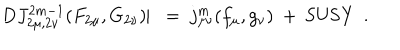
LaTeX: D J _ { 2 \mu , 2 \nu } ^ { 2 m - 1 } ( F _ { 2 \mu } , G _ { 2 \nu } ) \! \! \mid \ = \ j _ { \mu \nu } ^ { m } ( f _ { \mu } , g _ { \nu } ) \ + \ \mathrm { S U S Y } \ \ .